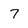
Character: 7